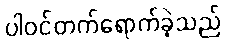
ပါဝင်တက်ရောက်ခဲ့သည်